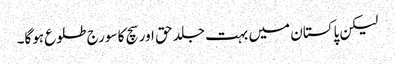
لیکن پاکستان میں بہت جلد حق اور سچ کا سورج طلوع ہوگا۔